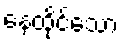
နေထိုင်သော